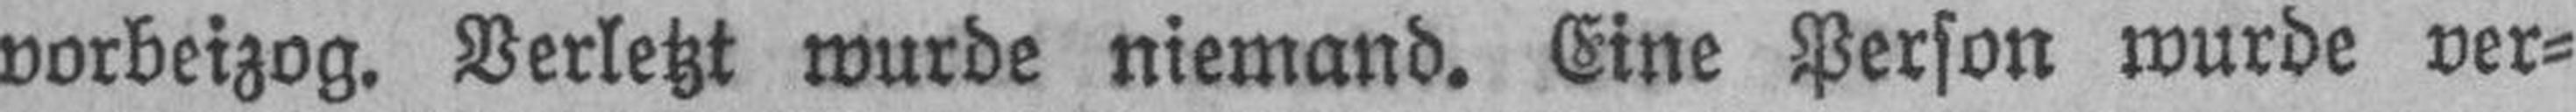
vorbeizog. Verletzt wurde niemand. Eine Person wurde ver¬